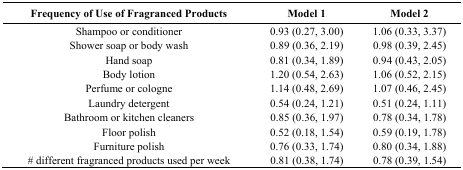
<table><thead><tr><td><b>Frequency of Use of Fragranced Products</b></td><td><b>Model 1</b></td><td><b>Model 2</b></td></tr></thead><tbody><tr><td>Shampoo or conditioner </td><td>0.93 (0.27, 3.00)</td><td>1.06 (0.33, 3.37)</td></tr><tr><td>Shower soap or body wash </td><td>0.89 (0.36, 2.19)</td><td>0.98 (0.39, 2.45)</td></tr><tr><td>Hand soap</td><td>0.81 (0.34, 1.89)</td><td>0.94 (0.43, 2.05)</td></tr><tr><td>Body lotion</td><td>1.20 (0.54, 2.63)</td><td>1.06 (0.52, 2.15)</td></tr><tr><td>Perfume or cologne</td><td>1.14 (0.48, 2.69)</td><td>1.07 (0.46, 2.45)</td></tr><tr><td>Laundry detergent</td><td>0.54 (0.24, 1.21)</td><td>0.51 (0.24, 1.11)</td></tr><tr><td>Bathroom or kitchen cleaners</td><td>0.85 (0.36, 1.97)</td><td>0.78 (0.34, 1.78)</td></tr><tr><td>Floor polish</td><td>0.52 (0.18, 1.54)</td><td>0.59 (0.19, 1.78)</td></tr><tr><td>Furniture polish</td><td>0.76 (0.33, 1.74)</td><td>0.80 (0.34, 1.88)</td></tr><tr><td># different fragranced products used per week</td><td>0.81 (0.38, 1.74)</td><td>0.78 (0.39, 1.54)</td></tr></tbody></table>